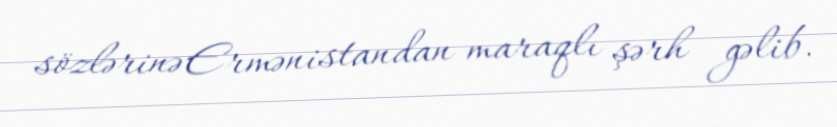
sözlərinə Ermənistandan maraqlı şərh gəlib.